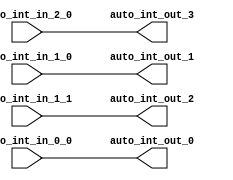
module IntXbar_4( // @[:freechips.rocketchip.system.TinyConfig.fir@102861.2]
  input   auto_int_in_2_0, // @[:freechips.rocketchip.system.TinyConfig.fir@102864.4]
  input   auto_int_in_1_0, // @[:freechips.rocketchip.system.TinyConfig.fir@102864.4]
  input   auto_int_in_1_1, // @[:freechips.rocketchip.system.TinyConfig.fir@102864.4]
  input   auto_int_in_0_0, // @[:freechips.rocketchip.system.TinyConfig.fir@102864.4]
  output  auto_int_out_0, // @[:freechips.rocketchip.system.TinyConfig.fir@102864.4]
  output  auto_int_out_1, // @[:freechips.rocketchip.system.TinyConfig.fir@102864.4]
  output  auto_int_out_2, // @[:freechips.rocketchip.system.TinyConfig.fir@102864.4]
  output  auto_int_out_3 // @[:freechips.rocketchip.system.TinyConfig.fir@102864.4]
);
  assign auto_int_out_0 = auto_int_in_0_0; // @[LazyModule.scala 173:49:freechips.rocketchip.system.TinyConfig.fir@102877.4]
  assign auto_int_out_1 = auto_int_in_1_0; // @[LazyModule.scala 173:49:freechips.rocketchip.system.TinyConfig.fir@102877.4]
  assign auto_int_out_2 = auto_int_in_1_1; // @[LazyModule.scala 173:49:freechips.rocketchip.system.TinyConfig.fir@102877.4]
  assign auto_int_out_3 = auto_int_in_2_0; // @[LazyModule.scala 173:49:freechips.rocketchip.system.TinyConfig.fir@102877.4]
endmodule